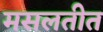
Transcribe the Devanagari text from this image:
मसलतीत